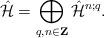
LaTeX: \begin{align*}\hat{\cal H} = \bigoplus_{q,n\in {\bf Z}}\hat{\cal H}^{n;q} .\end{align*}